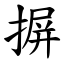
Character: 摒